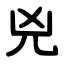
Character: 兇